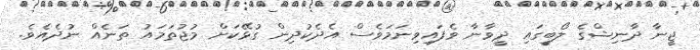
ޖީނާ ދާނިޝްގެ ލޯބީގައި ދީވާނާ ވެފައިވިނަމަވެސް އެދެކުދިން ގުޅޭކަށް މުޖުތަމައު ތަނެއް ނުދެއެވެ.